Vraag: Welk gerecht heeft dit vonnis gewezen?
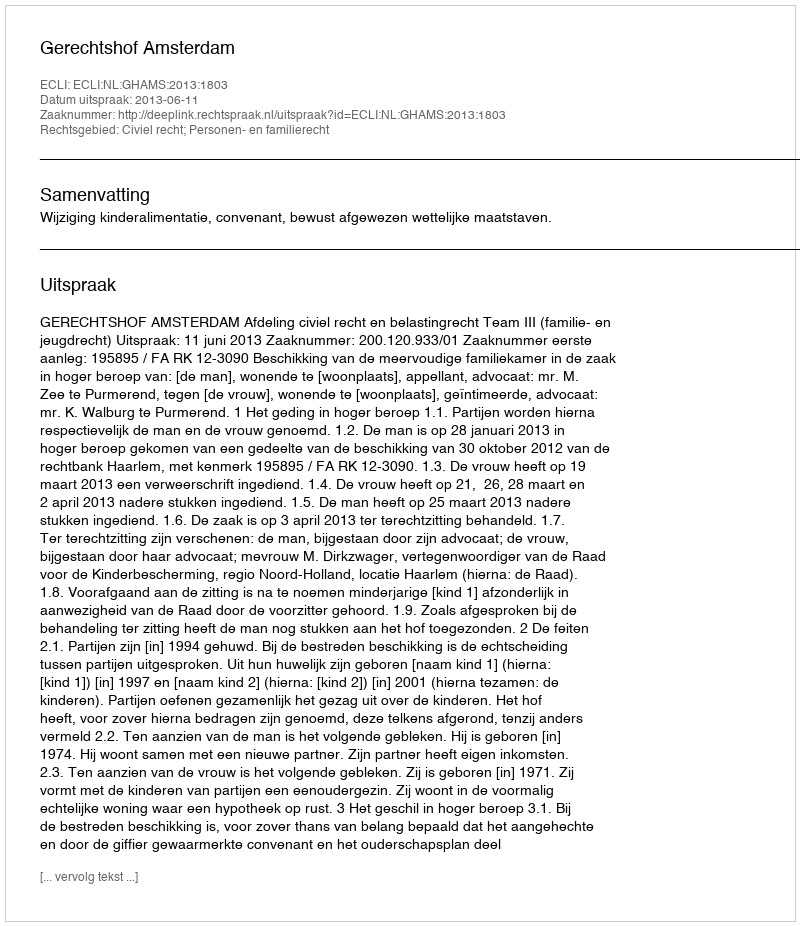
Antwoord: Gerechtshof Amsterdam